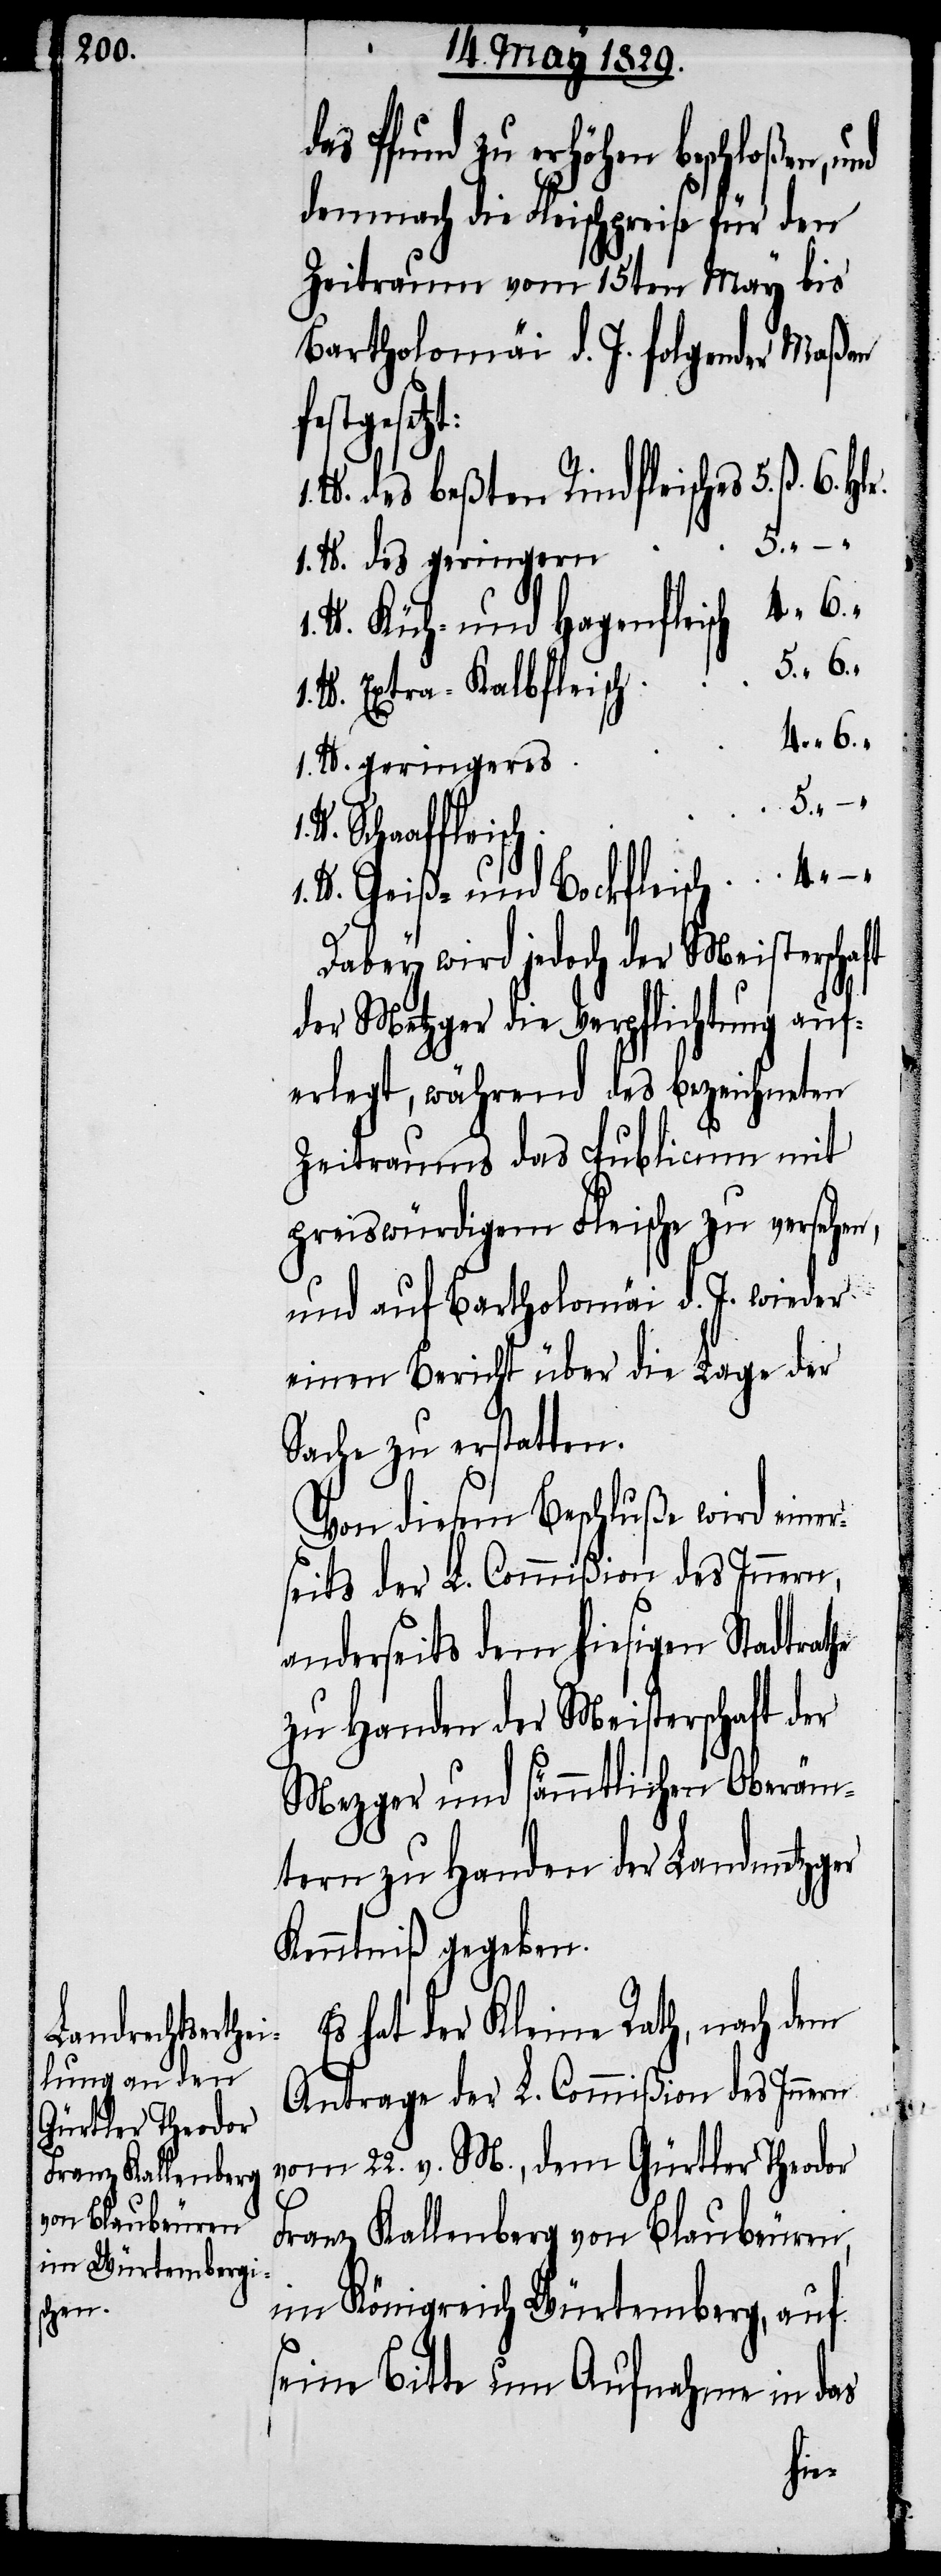
das Pfund zu erhöhen beschloßen,
demnach die Fleischpreise für den
Zeitraum vom 15ten May bis
Bartholomäi d. J. folgender Maßen
stgesetz¬
d. des beßten Rindfleisches 5. ß. 6.
1. Pfd. des geringern 5. “.
6.
Pfd. Küh- und Hafenfleisch 4. “.
Pfd. Extra-Kalbfleisch 5. “. 6.
Pfd. geringeres
“. –.
Schaaffleisch
Pfd. Geiß- und Bockfleisch 4. “. –.
Dabey wird jedoch der Meisterschaft
der Metzger die Verpflichtung auf¬
erlegt, während des bezeichneten
1.
Zeitraums das Publicum mit
preiswürdigem Fleische zu versehen,
und auf Bartholomäi d. J. wieder
einen Bericht über die Lage der
Sache zu erstatten.
Von diesem Beschluße wird einer¬
seits der L. Commißion des Innern,
anderseits dem hiesigen Stadtrathe
zu Handen der Meisterschaft der
Mezger und sämmtlichen Oberäm¬
tern zu Handen der Landmetzger
Kenntniß gegeben.
Es hat der Kleine Rath, nach dem
Antrage der L. Commißion des Innern
vom 22. v. M., dem Gürtler Theodor
Franz Kallenberg von Blaubeuren,
im Königreich Würtemberg, auf
seine Bitte um Aufnahme in das
Pf¬